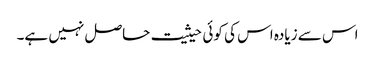
اس سے زیادہ اس کی کوئی حیثیت حاصل نہیں ہے۔